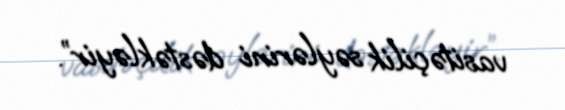
vasitəçilik səylərini dəstəkləyir”.